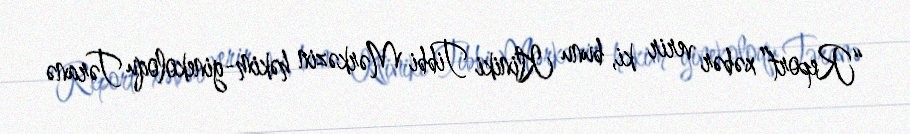
“Report” xəbər verir ki, bunu Kliniki Tibbi Mərkəzin həkim-ginekoloqu Təranə